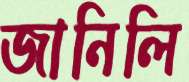
জানিলি